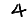
Digit: 4